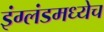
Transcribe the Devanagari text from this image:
इंग्लंडमध्येच